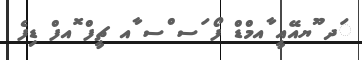
ަދ ޫޔއޭއީ ާއމްޑް ފޯ ަސ ްސ ާއ ޗީފް ޮއފް ޑިފެ